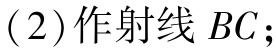
(2) 作射线 \(BC\)；